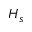
H _ { s }